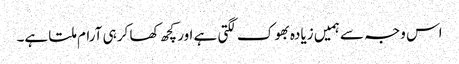
اس وجہ سے ہمیں زیادہ بھوک لگتی ہے اور کچھ کھا کر ہی آرام ملتا ہے۔